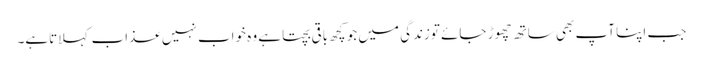
جب اپنا آپ بھی ساتھ چھوڑ جائے توزندگی میں جو کچھ باقی بچتا ہے وہ خواب نہیں عذاب کہلاتاہے۔